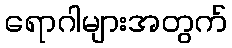
ရောဂါများအတွက်